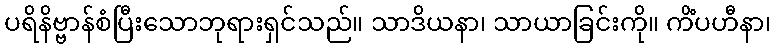
ပရိနိဗ္ဗာန်စံပြီးသောဘုရားရှင်သည်။ သာဒိယနာ၊ သာယာခြင်းကို။ ကိံပဟီနာ၊